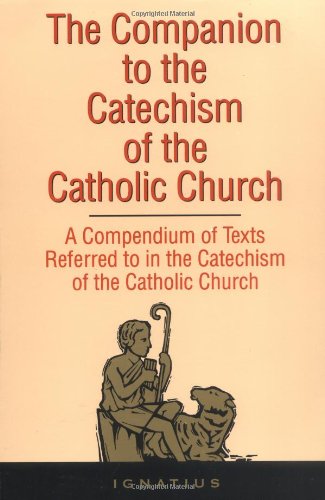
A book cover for The Companion to the Catechism of the Catholic Church: A Compendium of Texts Referred to in the Catechism of the Catholic Church Including an Addendum; St Ignatius; Christian Books & Bibles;